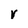
Character: V